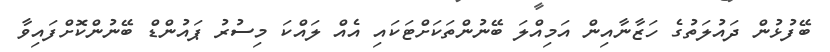
ބޭފުޅުން ދައުލަތުގެ ހަޒާނާއިން އަމިއްލަ ބޭނުންތަކަށްޓަކައި އެއް ލައްކަ މިސުރު ޕައުންޑް ބޭނުންކޮށްފައިވާ